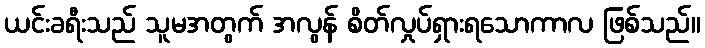
ယင်းခရီးသည် သူမအတွက် အလွန် စိတ်လှုပ်ရှားရသောကာလ ဖြစ်သည်။